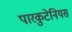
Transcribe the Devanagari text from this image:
पारकुटेनियस